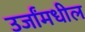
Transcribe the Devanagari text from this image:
उर्जांमधील